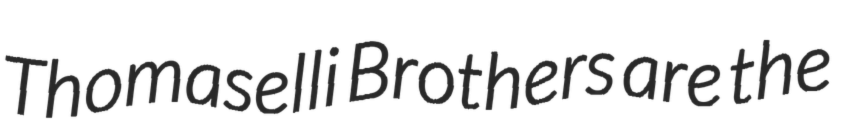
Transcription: Thomaselli Brothers are the